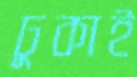
ঢুকাই